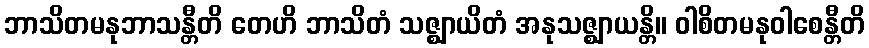
ဘာသိတမနုဘာသန္တီတိ တေဟိ ဘာသိတံ သဇ္ဈာယိတံ အနုသဇ္ဈာယန္တိ။ ဝါစိတမနုဝါစေန္တီတိ